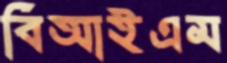
বিআইএম